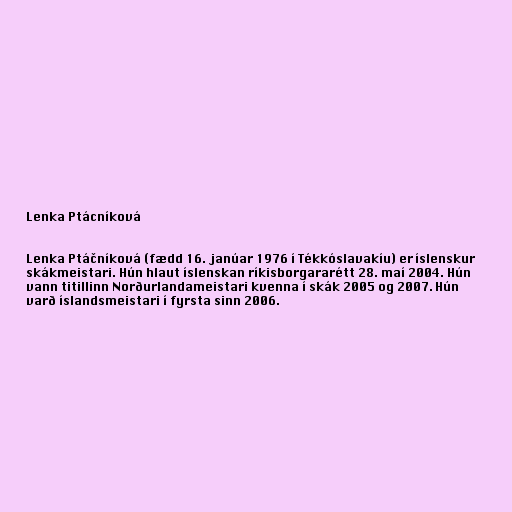
Lenka Ptácníková

Lenka Ptáčníková (fædd 16. janúar 1976 í Tékkóslavakíu) er íslenskur
skákmeistari. Hún hlaut íslenskan ríkisborgararétt 28. maí 2004. Hún
vann titillinn Norðurlandameistari kvenna í skák 2005 og 2007. Hún
varð íslandsmeistari í fyrsta sinn 2006.